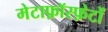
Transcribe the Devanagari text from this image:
मेटाफ़ॉस्फ़ेटों